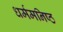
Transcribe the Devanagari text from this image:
धर्ममनिष्ठ